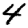
Digit: 4